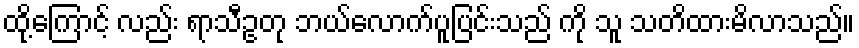
ထို့ကြောင့် လည်း ရာသီဥတု ဘယ်လောက်ပူပြင်းသည် ကို သူ သတိထားမိလာသည်။